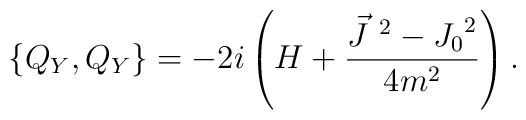
\{Q_Y , Q_Y\}=-2i\left( H +\frac{{\vec J}^{~2} - {J_0}^2}{4 m^2}\right).